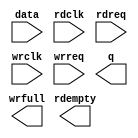
// megafunction wizard: %FIFO%VBB%
// GENERATION: STANDARD
// VERSION: WM1.0
// MODULE: dcfifo 

// ============================================================
// Megafunction Name(s):
// 			dcfifo
//
// Simulation Library Files(s):
// 			
// ============================================================
// ************************************************************
// THIS IS A WIZARD-GENERATED FILE. DO NOT EDIT THIS FILE!
//
// 17.0.0 Build 595 04/25/2017 SJ Lite Edition
// ************************************************************

//Copyright (C) 2017  Intel Corporation. All rights reserved.
//Your use of Intel Corporation's design tools, logic functions 
//and other software and tools, and its AMPP partner logic 
//functions, and any output files from any of the foregoing 
//(including device programming or simulation files), and any 
//associated documentation or information are expressly subject 
//to the terms and conditions of the Intel Program License 
//Subscription Agreement, the Intel Quartus Prime License Agreement,
//the Intel MegaCore Function License Agreement, or other 
//applicable license agreement, including, without limitation, 
//that your use is for the sole purpose of programming logic 
//devices manufactured by Intel and sold by Intel or its 
//authorized distributors.  Please refer to the applicable 
//agreement for further details.

module q16 (
	data,
	rdclk,
	rdreq,
	wrclk,
	wrreq,
	q,
	rdempty,
	wrfull);

	input	[7:0]  data;
	input	  rdclk;
	input	  rdreq;
	input	  wrclk;
	input	  wrreq;
	output	[7:0]  q;
	output	  rdempty;
	output	  wrfull;

endmodule

// ============================================================
// CNX file retrieval info
// ============================================================
// Retrieval info: PRIVATE: AlmostEmpty NUMERIC "0"
// Retrieval info: PRIVATE: AlmostEmptyThr NUMERIC "-1"
// Retrieval info: PRIVATE: AlmostFull NUMERIC "0"
// Retrieval info: PRIVATE: AlmostFullThr NUMERIC "-1"
// Retrieval info: PRIVATE: CLOCKS_ARE_SYNCHRONIZED NUMERIC "0"
// Retrieval info: PRIVATE: Clock NUMERIC "4"
// Retrieval info: PRIVATE: Depth NUMERIC "1024"
// Retrieval info: PRIVATE: Empty NUMERIC "1"
// Retrieval info: PRIVATE: Full NUMERIC "1"
// Retrieval info: PRIVATE: INTENDED_DEVICE_FAMILY STRING "Cyclone IV E"
// Retrieval info: PRIVATE: LE_BasedFIFO NUMERIC "0"
// Retrieval info: PRIVATE: LegacyRREQ NUMERIC "1"
// Retrieval info: PRIVATE: MAX_DEPTH_BY_9 NUMERIC "0"
// Retrieval info: PRIVATE: OVERFLOW_CHECKING NUMERIC "0"
// Retrieval info: PRIVATE: Optimize NUMERIC "0"
// Retrieval info: PRIVATE: RAM_BLOCK_TYPE NUMERIC "0"
// Retrieval info: PRIVATE: SYNTH_WRAPPER_GEN_POSTFIX STRING "0"
// Retrieval info: PRIVATE: UNDERFLOW_CHECKING NUMERIC "0"
// Retrieval info: PRIVATE: UsedW NUMERIC "1"
// Retrieval info: PRIVATE: Width NUMERIC "8"
// Retrieval info: PRIVATE: dc_aclr NUMERIC "0"
// Retrieval info: PRIVATE: diff_widths NUMERIC "0"
// Retrieval info: PRIVATE: msb_usedw NUMERIC "0"
// Retrieval info: PRIVATE: output_width NUMERIC "8"
// Retrieval info: PRIVATE: rsEmpty NUMERIC "1"
// Retrieval info: PRIVATE: rsFull NUMERIC "0"
// Retrieval info: PRIVATE: rsUsedW NUMERIC "0"
// Retrieval info: PRIVATE: sc_aclr NUMERIC "0"
// Retrieval info: PRIVATE: sc_sclr NUMERIC "0"
// Retrieval info: PRIVATE: wsEmpty NUMERIC "0"
// Retrieval info: PRIVATE: wsFull NUMERIC "1"
// Retrieval info: PRIVATE: wsUsedW NUMERIC "0"
// Retrieval info: LIBRARY: altera_mf altera_mf.altera_mf_components.all
// Retrieval info: CONSTANT: INTENDED_DEVICE_FAMILY STRING "Cyclone IV E"
// Retrieval info: CONSTANT: LPM_NUMWORDS NUMERIC "1024"
// Retrieval info: CONSTANT: LPM_SHOWAHEAD STRING "OFF"
// Retrieval info: CONSTANT: LPM_TYPE STRING "dcfifo"
// Retrieval info: CONSTANT: LPM_WIDTH NUMERIC "8"
// Retrieval info: CONSTANT: LPM_WIDTHU NUMERIC "10"
// Retrieval info: CONSTANT: OVERFLOW_CHECKING STRING "ON"
// Retrieval info: CONSTANT: RDSYNC_DELAYPIPE NUMERIC "4"
// Retrieval info: CONSTANT: UNDERFLOW_CHECKING STRING "ON"
// Retrieval info: CONSTANT: USE_EAB STRING "ON"
// Retrieval info: CONSTANT: WRSYNC_DELAYPIPE NUMERIC "4"
// Retrieval info: USED_PORT: data 0 0 8 0 INPUT NODEFVAL "data[7..0]"
// Retrieval info: USED_PORT: q 0 0 8 0 OUTPUT NODEFVAL "q[7..0]"
// Retrieval info: USED_PORT: rdclk 0 0 0 0 INPUT NODEFVAL "rdclk"
// Retrieval info: USED_PORT: rdempty 0 0 0 0 OUTPUT NODEFVAL "rdempty"
// Retrieval info: USED_PORT: rdreq 0 0 0 0 INPUT NODEFVAL "rdreq"
// Retrieval info: USED_PORT: wrclk 0 0 0 0 INPUT NODEFVAL "wrclk"
// Retrieval info: USED_PORT: wrfull 0 0 0 0 OUTPUT NODEFVAL "wrfull"
// Retrieval info: USED_PORT: wrreq 0 0 0 0 INPUT NODEFVAL "wrreq"
// Retrieval info: CONNECT: @data 0 0 8 0 data 0 0 8 0
// Retrieval info: CONNECT: @rdclk 0 0 0 0 rdclk 0 0 0 0
// Retrieval info: CONNECT: @rdreq 0 0 0 0 rdreq 0 0 0 0
// Retrieval info: CONNECT: @wrclk 0 0 0 0 wrclk 0 0 0 0
// Retrieval info: CONNECT: @wrreq 0 0 0 0 wrreq 0 0 0 0
// Retrieval info: CONNECT: q 0 0 8 0 @q 0 0 8 0
// Retrieval info: CONNECT: rdempty 0 0 0 0 @rdempty 0 0 0 0
// Retrieval info: CONNECT: wrfull 0 0 0 0 @wrfull 0 0 0 0
// Retrieval info: GEN_FILE: TYPE_NORMAL q16.v TRUE
// Retrieval info: GEN_FILE: TYPE_NORMAL q16.inc FALSE
// Retrieval info: GEN_FILE: TYPE_NORMAL q16.cmp FALSE
// Retrieval info: GEN_FILE: TYPE_NORMAL q16.bsf FALSE
// Retrieval info: GEN_FILE: TYPE_NORMAL q16_inst.v FALSE
// Retrieval info: GEN_FILE: TYPE_NORMAL q16_bb.v TRUE